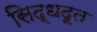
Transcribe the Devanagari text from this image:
सिद्धदूत